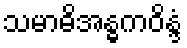
သမာဓိအန္ဓကဝိန္ဒံ